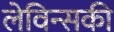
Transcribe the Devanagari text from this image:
लेविन्सकी